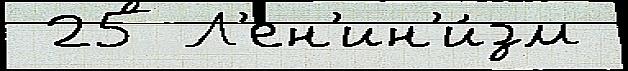
 25 Л'ен'ин'и́зм